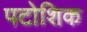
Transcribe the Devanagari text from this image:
पटोशिक